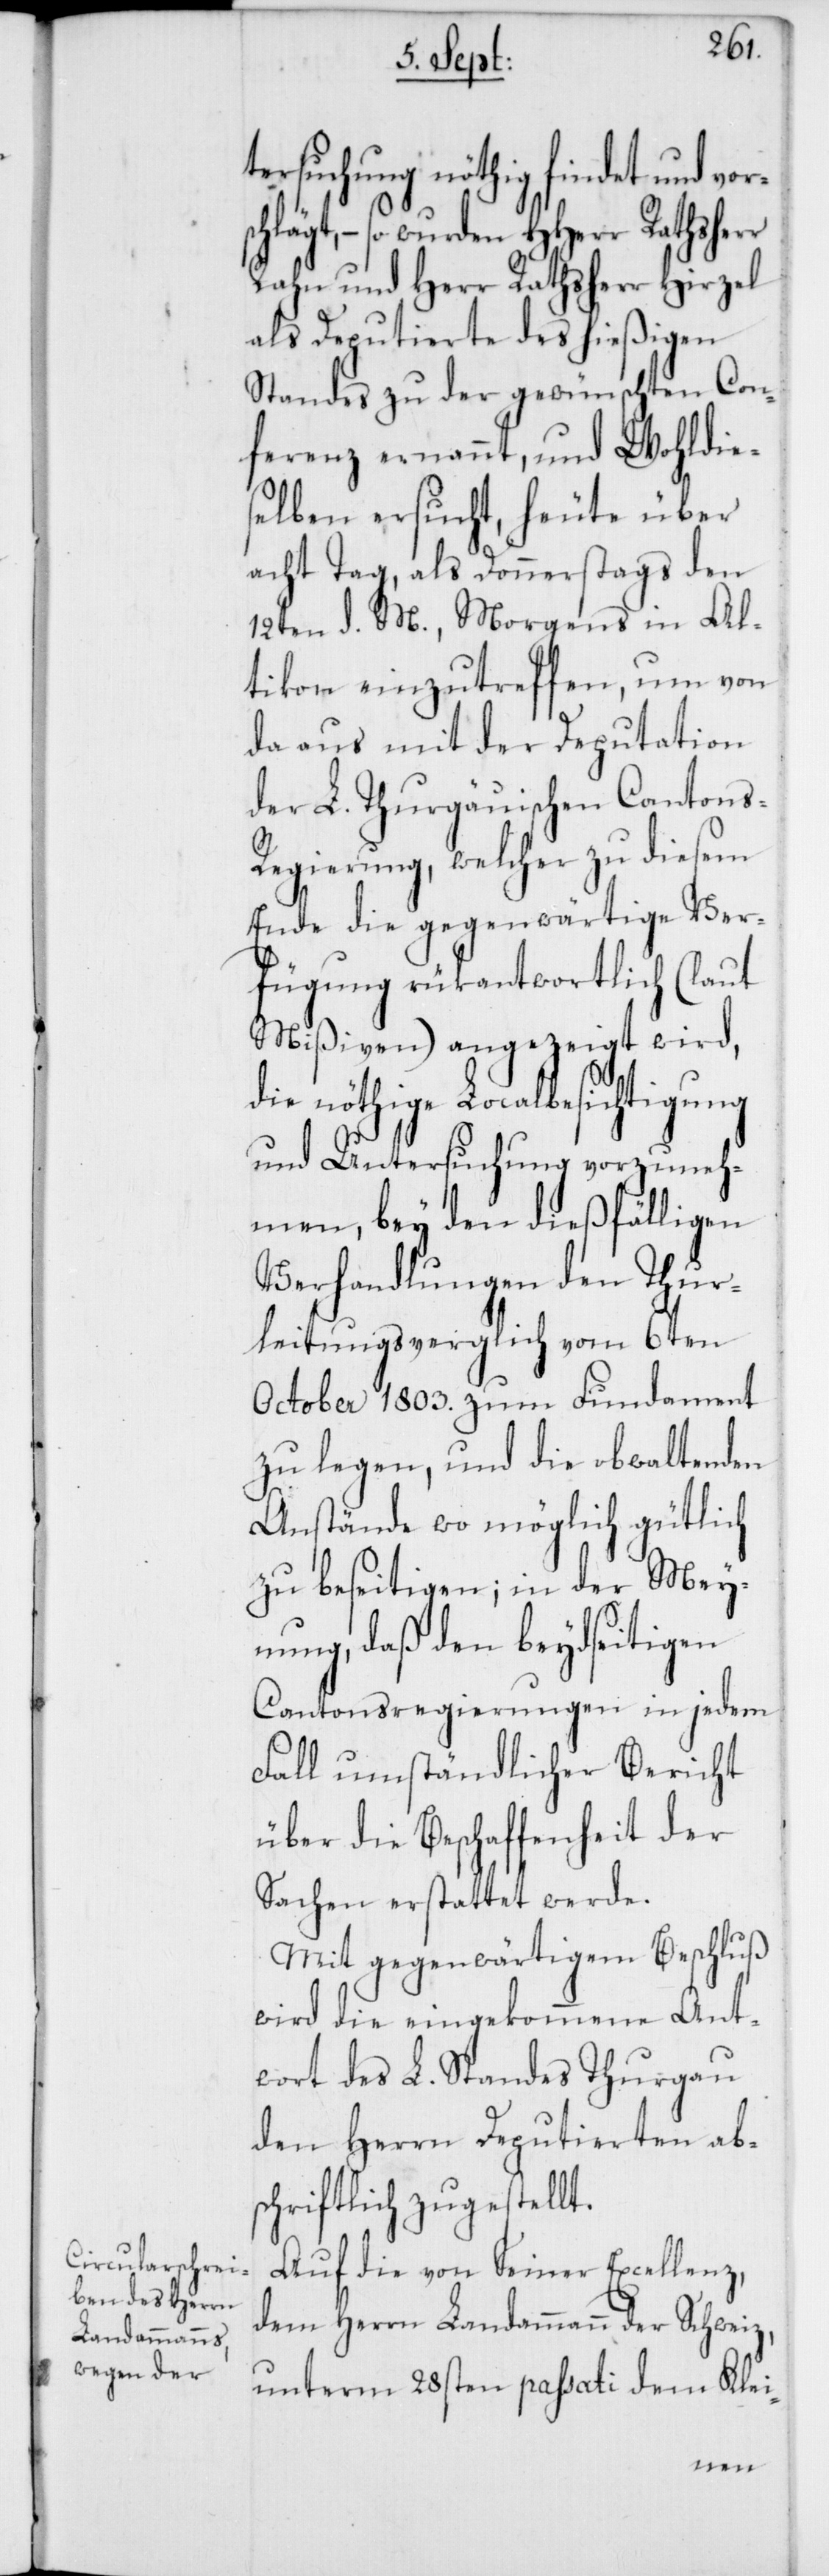
tersuchung nöthig findet und vor¬
schlägt, – so wurden HHerr
Rahn und Herr Rathsherr Hirzel
als Deputierte des hießigen
Standes zu der gewünschten Con¬
ferenz ernannt, und Wohldies¬
elben ersucht, heute über
acht Tage, als Donnerstags den
12ten d. M., Morgens in Al¬
tikon einzutreffen, um von
da aus mit der Deputation
der L. Thurgauischen Cantons-R¬
egierung, welcher zu diesem
Ende die gegenwärtige Ver¬
fügung rükantwortlich (laut
Mißiven) angezeigt wird,
die nöthige Localbesichtigung
und Untersuchung vorzuneh¬
men, bey den dießfälligen
Verhandlungen den Thur¬
leitungsverglich vom 6ten
October 1803. zum Fundament
zu legen, und die obwaltenden
Anstände wo möglich gütlich
zu beseitigen; in der Mey¬
nung, daß den beydseitigen
Cantonsregierungen in jedem
Fall umständlicher Bericht
über die Beschaffenheit der
Sachen erstattet werde.
Mit gegenwärtigem Beschluß
wird die eingekommene Ant¬
wort des L. Standes Thurgau
den Herren Deputierten ab¬
schriftlich zugestellt.
Auf die von Seiner Excellenz,
dem Herrn Landammann der Schweiz,
unterm 28sten passati dem Klei-